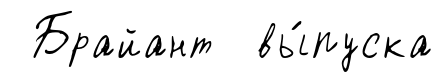
Брайант вы́пуска